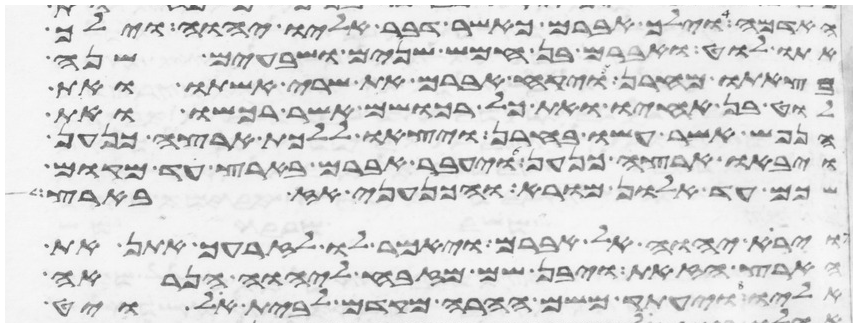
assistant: האדמה וילך אברם כאשר דבר אליו יהוה וילך
אתו לוט ואברם בן חמש שנים ושבעים שנה
בצאתו מחרן ויקח אברם את שרי אשתו ואת
לוט בן אחיו ואת כל רכושם אשר רכשו ואת
הנפש אשר עשו בחרן ויצאו ללכת ארצה כנען
ויבאו ארצה כנען ויעבר אברם בארץ עד מקום
שכם עד אלון מורא והכנעני אז בארץ
וירא יהוה אל אברם ויאמר לו לזרעך אתן את
הארץ הזאת ויבן שם מזבח ליהוה הנראה
אליו ויעתק משם ההרה מקדם לבית אל ויט